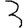
Digit: 3